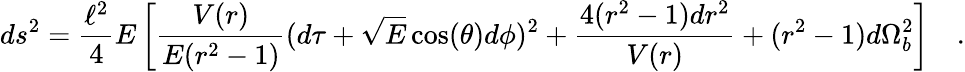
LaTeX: ds^{2}=\frac{\ell^{2}}{4}E\left[\frac{V(r)}{E(r^{2}-1)}(d\tau+\sqrt{E}\cos(\theta)d\phi)^{2}+\frac{4(r^{2}-1)dr^{2}}{V(r)}+(r^{2}-1)d\Omega_{b}^{2}\right]\quad.